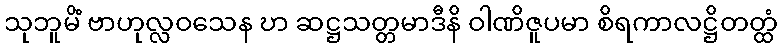
သုဘူမိံ ဗာဟုလ္လဝသေန ဎာ ဆဋ္ဌသတ္တမာဒီနိ ဝါဏိဇူပမာ စိရကာလဋ္ဌိတတ္ထံ